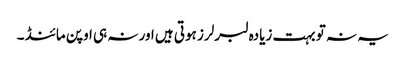
یہ نہ تو بہت زیادہ لبرلرز ہوتی ہیں اور نہ ہی اوپن مائنڈ ۔